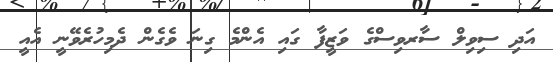
އަދި ސިވިލް ސާރވިސްގެ ވަޒީފާ ގައި އެންމެ ގިނަ ވެގެން ދެމިހުރެވޭނީ އެއީ